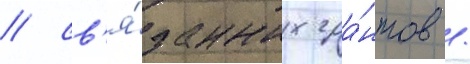
/ св'я́занных гра́нтов /